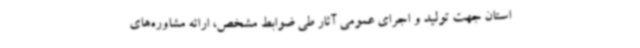
استان جهت تولید و اجرای عمومی آثار طی ضوابط مشخص، ارائه مشاوره‌های